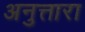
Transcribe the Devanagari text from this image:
अनुत्तारा